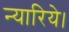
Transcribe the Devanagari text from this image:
न्यारिये।